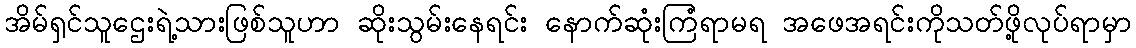
အိမ်ရှင်သူဌေးရဲ့သားဖြစ်သူဟာ ဆိုးသွမ်းနေရင်း နောက်ဆုံးကြံရာမရ အဖေအရင်းကိုသတ်ဖို့လုပ်ရာမှာ